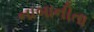
નાબાનીતા